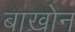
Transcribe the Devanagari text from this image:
बाखोन